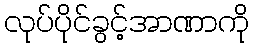
လုပ်ပိုင်ခွင့်အာဏာကို